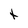
Character: t